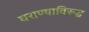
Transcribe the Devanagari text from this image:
घराण्याविरूद्ध